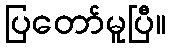
ပြတော်မူပြီ။